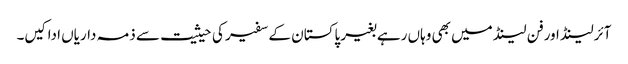
آئرلینڈ اورفن لینڈ میں بھی وہاں رہے بغیر پاکستان کے سفیر کی حیثیت سے ذمہ داریاں ادا کیں۔